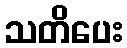
သတိပေး